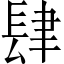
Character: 肆